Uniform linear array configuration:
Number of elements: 48
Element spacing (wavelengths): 1
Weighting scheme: uniform
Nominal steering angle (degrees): -60
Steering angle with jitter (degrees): -61.368
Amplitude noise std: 0.05
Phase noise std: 0.05

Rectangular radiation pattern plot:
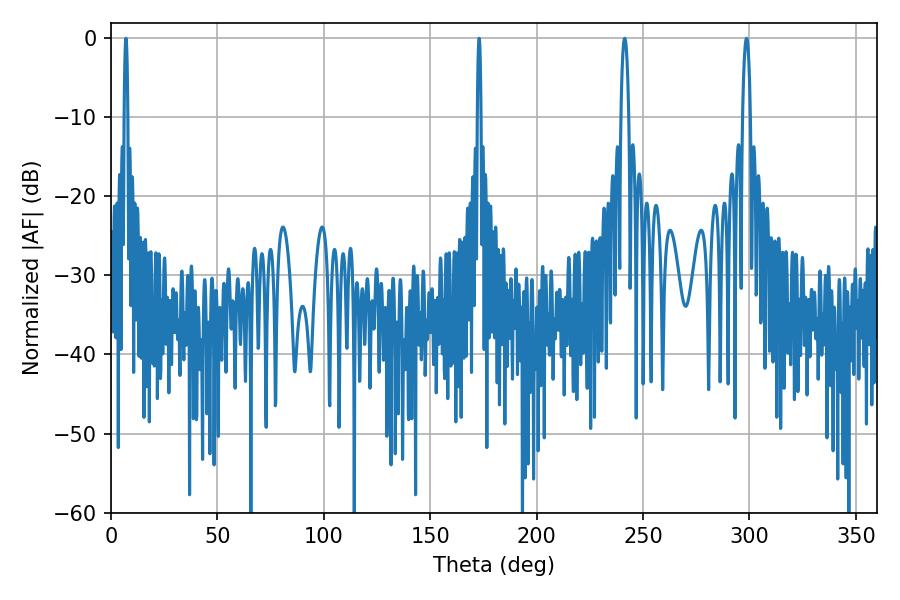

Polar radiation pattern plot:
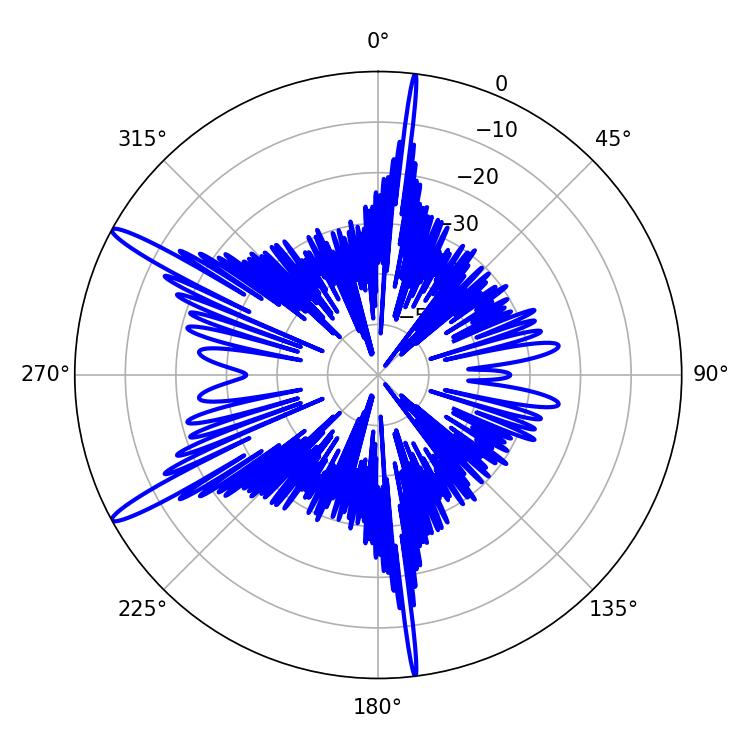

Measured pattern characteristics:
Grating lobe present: TRUE
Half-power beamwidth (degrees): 0.72
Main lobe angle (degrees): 7.02